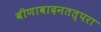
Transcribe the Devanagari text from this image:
वीणावादनतत्परा